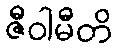
ဇီဝါမီတိ